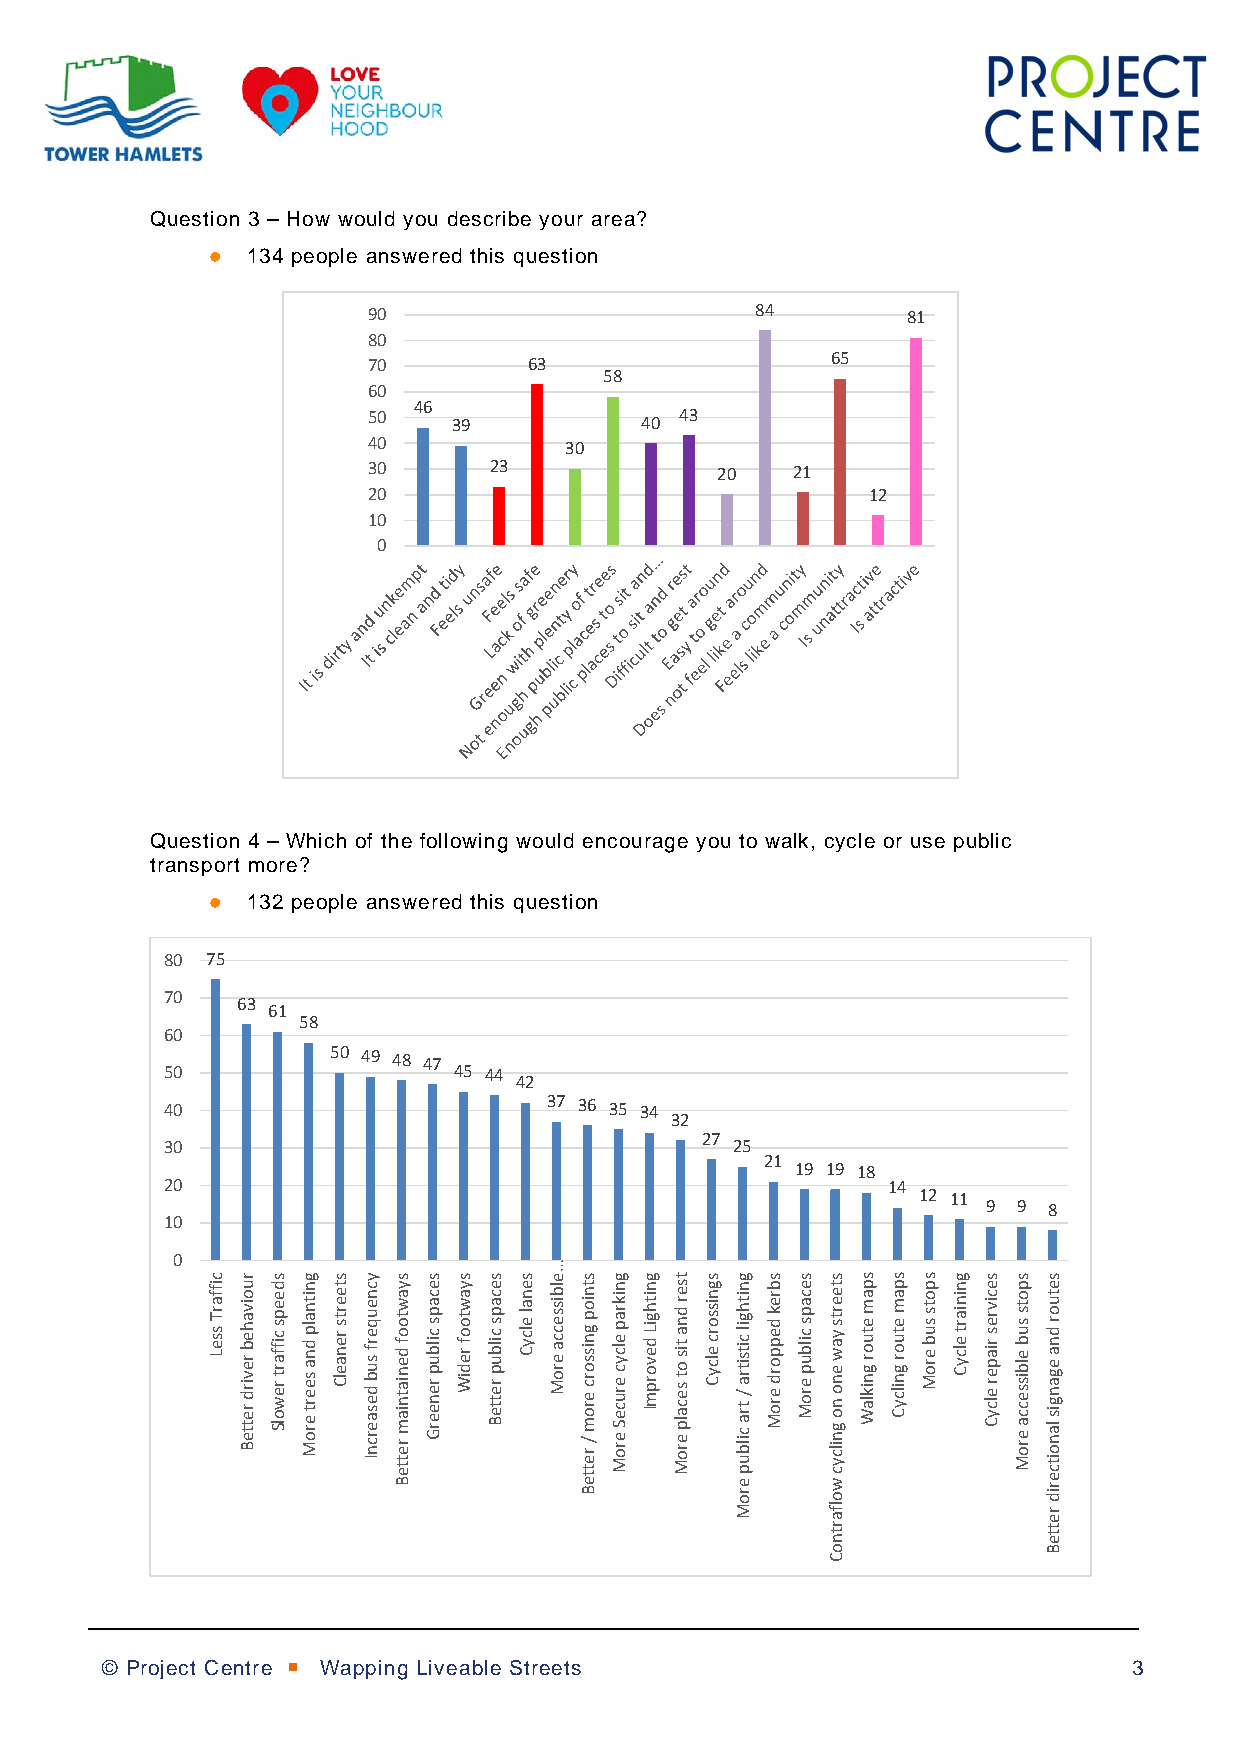
Question 3 – How would you describe your area?
  134 people answered this question
 90                        84        81
 80
 70         63                  65
 58
 60
 46
 50    39          40 43
 40           30
 30      23             20   21
 20                               12
 10
 0
 Question 4 – Which of the following would encourage you to walk, cycle or use public
 transport more?
  132 people answered this question
 80 75
 70
 63
 61
 58
 60
 50 49 48 47
 50                 45 44
 42
 40                       37 36 35 34
 32
 27
 30                                   25
 21
 19 19 18
 20                                              14
 12 11
 9 9 8
 10
 0
 © Project Centre  Wapping Liveable Streets                         3
 ciffarT
 sseL
 ruoivaheb
 revird
 retteB
 sdeeps
 ciffart
 rewolS
 gnitnalp
 dna
 seert
 eroM
 steerts
 renaelC
 ycneuqerf
 sub
 desaercnI
 syawtoof
 deniatniam
 retteB
 secaps
 cilbup
 reneerG
 syawtoof
 rediW
 secaps
 cilbup
 retteB
 senal
 elcyC
 …elbissecca
 eroM
 stniop
 gnissorc
 erom
 /
 retteB
 gnikrap
 elcyc
 eruceS
 eroM
 gnithgiL
 devorpmI
 tser
 dna
 tis
 ot
 secalp
 eroM
 sgnissorc
 elcyC
 gnithgil
 citsitra
 /
 tra
 cilbup
 eroM
 sbrek
 deppord
 eroM
 secaps
 cilbup
 eroM
 steerts
 yaw
 eno
 no
 gnilcyc
 wolfartnoC
 spam
 etuor
 gniklaW
 spam
 etuor
 gnilcyC
 spots
 sub
 eroM
 gniniart
 elcyC
 secivres
 riaper
 elcyC
 spots
 sub
 elbissecca
 eroM
 setuor
 dna
 egangis
 lanoitcerid
 retteB